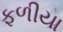
ફળીયા